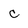
Character: C